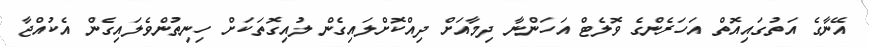
އޭނާގެ އަތުގައިއޮތް އަހަރެންގެ ވޮލެޓް އަހަންނާ ދިމާއަށް ދިއްކޮށްލައިގެން ލުއިގޮތަކަށް ހިނިތުންވެލައިގެން އެކުއްޖާ